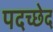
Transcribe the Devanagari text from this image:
पदच्‍छेद